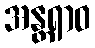
အန္တရာဝ